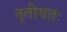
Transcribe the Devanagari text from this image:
तृतीयतः